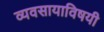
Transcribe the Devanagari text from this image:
व्यवसायाविषयी